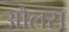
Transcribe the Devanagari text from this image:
औलस